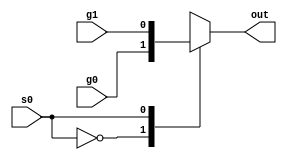
/*
   This file was generated automatically by Alchitry Labs version 1.2.7.
   Do not edit this file directly. Instead edit the original Lucid source.
   This is a temporary file and any changes made to it will be destroyed.
*/

module mux_2_15 (
    input s0,
    input g0,
    input g1,
    output reg out
  );
  
  
  
  always @* begin
    
    case (s0)
      1'h0: begin
        out = g0;
      end
      1'h1: begin
        out = g1;
      end
      default: begin
        out = 1'h0;
      end
    endcase
  end
endmodule